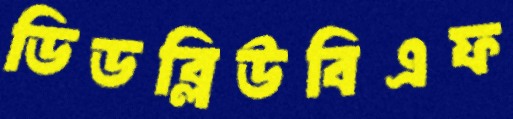
ডিডব্লিউবিএফ